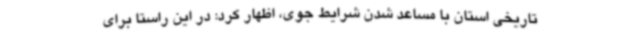
تاریخی استان با مساعد شدن شرایط جوی، اظهار کرد: در این راستا برای